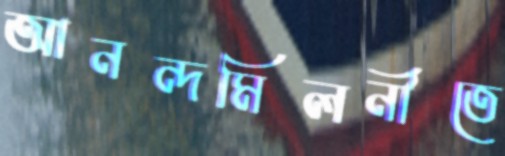
আনন্দমিলনীতে